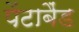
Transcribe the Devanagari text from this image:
पेंटाबैंड